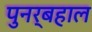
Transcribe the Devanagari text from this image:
पुनर्बहाल